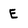
Character: E